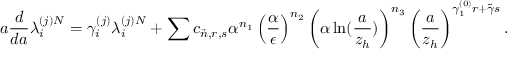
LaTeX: a \frac { d } { d a } \lambda _ { i } ^ { ( j ) N } = \gamma _ { i } ^ { ( j ) } \lambda _ { i } ^ { ( j ) N } + \sum c _ { \vec { n } , r , s } \alpha ^ { n _ { 1 } } \left( \frac { \alpha } { \epsilon } \right) ^ { n _ { 2 } } \left( \alpha \ln ( \frac { a } { z _ { h } } ) \right) ^ { n _ { 3 } } \left( \frac { a } { z _ { h } } \right) ^ { \gamma _ { 1 } ^ { ( 0 ) } r + \tilde { \gamma } s } .